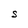
Character: S